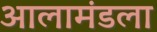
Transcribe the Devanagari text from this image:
आलामंडला